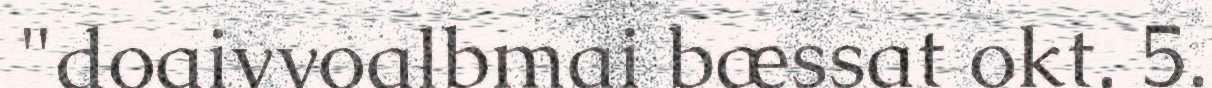
"doaivvoalbmai bæssat okt. 5.